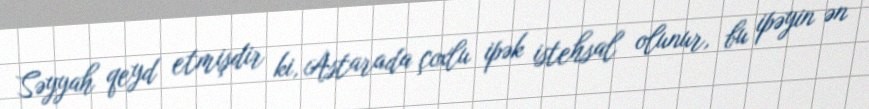
Səyyah qeyd etmişdir ki, Astarada çoxlu ipək istehsal olunur, bu ipəyin ən